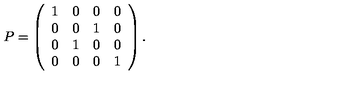
P = \left( \begin{array} { c c c c } { 1 } & { 0 } & { 0 } & { 0 } \\ { 0 } & { 0 } & { 1 } & { 0 } \\ { 0 } & { 1 } & { 0 } & { 0 } \\ { 0 } & { 0 } & { 0 } & { 1 } \\ \end{array} \right) .